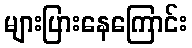
များပြားနေကြောင်း